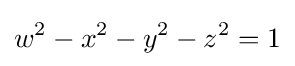
w^{2}-x^{2}-y^{2}-z^{2}=1